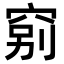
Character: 𥦂